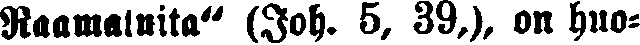
Raamatuita" (Joh. 5, 39,), on huo-